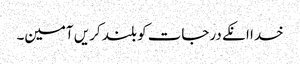
خدا انکے درجات کو بلند کریں آمین۔